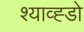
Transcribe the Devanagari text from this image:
श्याव्ह्डो